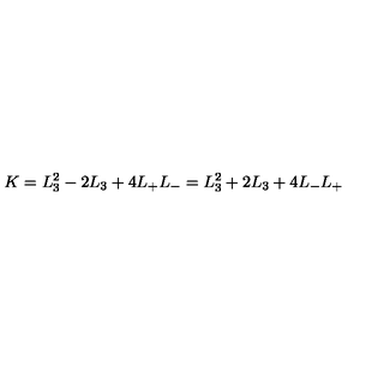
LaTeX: K = L _ { 3 } ^ { 2 } - 2 L _ { 3 } + 4 L _ { + } L _ { - } = L _ { 3 } ^ { 2 } + 2 L _ { 3 } + 4 L _ { - } L _ { + }